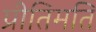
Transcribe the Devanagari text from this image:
प्रीतिमति